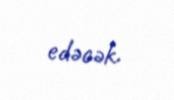
edəcək.